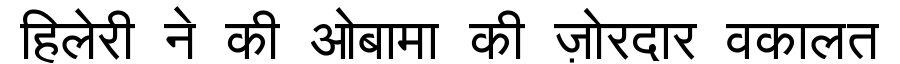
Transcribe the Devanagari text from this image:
हिलेरी ने की ओबामा की ज़ोरदार वकालत